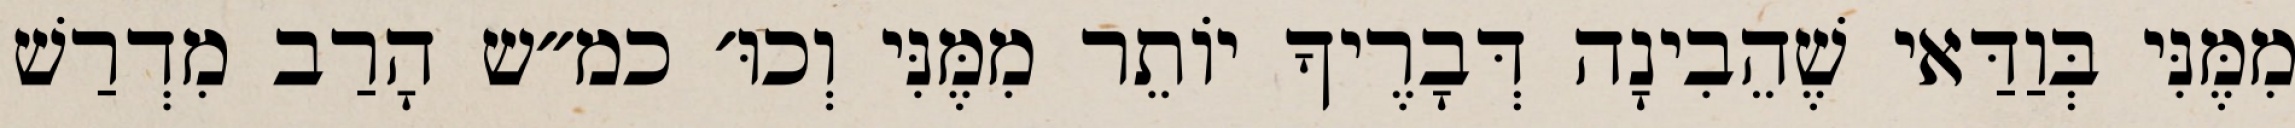
מִמֶּנִּי בְּוַדַּאי שֶׁהֵבִינָה דְּבָרֶיךָ יוֹתֵר מִמֶּנִּי וְכוּ׳ כמ״ש הָרַב מִדְרַשׁ